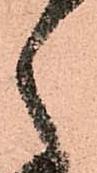
々